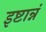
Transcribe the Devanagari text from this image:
इष्टान्नं